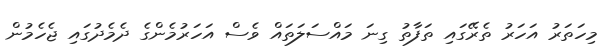
މިހަތަރު އަހަރު ތެރޭގައި ތަފާތު ގިނަ މައްސަލަތައް ވެސް އަހަރުމެންގެ ދެމެދުގައި ޖެހެމުން